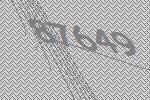
87649